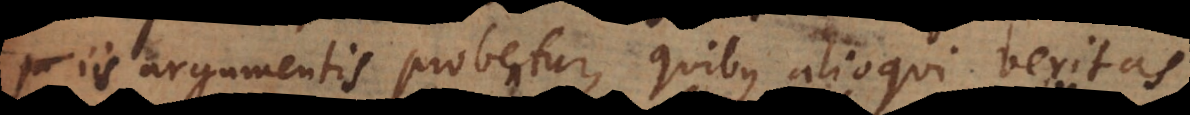
iis argumentis probentur, quibus alioqui veritas